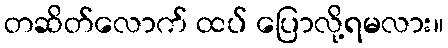
တဆိတ်လောက် ထပ် ပြောလို့ရမလား။